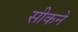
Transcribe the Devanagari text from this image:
सीकने